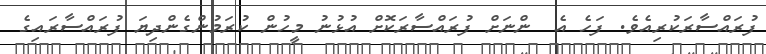
ފުރައްސާރަކުރިއެވެ. ފަހެ އެ  ންނަށް ފުރައްސާރަކޮށް އުޅުނު މީހުން ކުރަމުންގެންދިޔަ ފުރައްސާރައިގެ